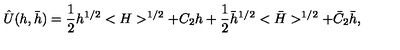
\hat { U } ( h , \bar { h } ) = { \frac { 1 } { 2 } } h ^ { 1 / 2 } < H > ^ { 1 / 2 } + C _ { 2 } h + { \frac { 1 } { 2 } } \bar { h } ^ { 1 / 2 } < \bar { H } > ^ { 1 / 2 } + \bar { C } _ { 2 } \bar { h } ,